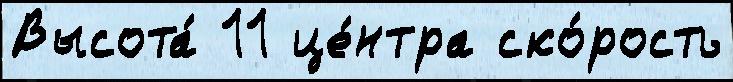
Высота́ 11 це́нтра ско́рость